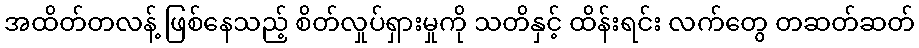
အထိတ်တလန့် ဖြစ်နေသည့် စိတ်လှုပ်ရှားမှုကို သတိနှင့် ထိန်းရင်း လက်တွေ တဆတ်ဆတ်